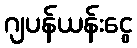
ဂျပန်ယန်းငွေ